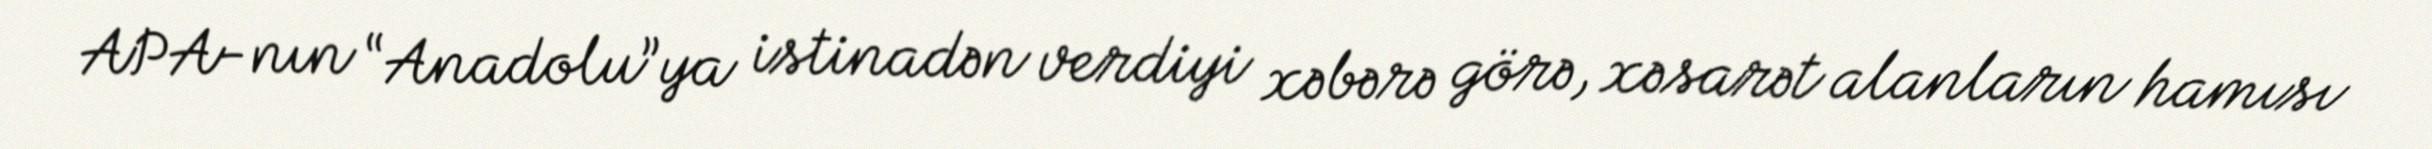
APA-nın “Anadolu”ya istinadən verdiyi xəbərə görə, xəsarət alanların hamısı